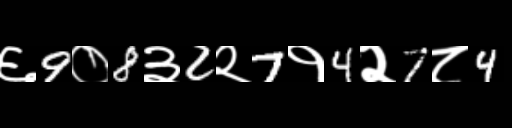
Text: ६9०8३2२7१4२7८4